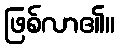
ဖြစ်လာ၏။